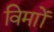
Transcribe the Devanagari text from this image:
विमाों